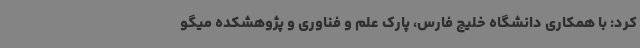
کرد: با همکاری دانشگاه خلیج فارس، پارک علم و فناوری و پژوهشکده میگو